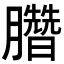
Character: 𣎯